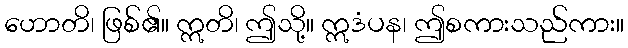
ဟောတိ၊ ဖြစ်၏။ ဣတိ၊ ဤသို့။ ဣဒံပန၊ ဤစကားသည်ကား။